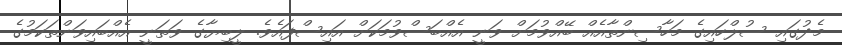
މެދުގައި ސުލްހައިގެ މަހާސިންތާއެއް ބޭއްވުމަށް ވަނީ އެއްބަސްވުމަކަށް އައިސްފައެވެ. ލީބިޔާގެ ވަތަނީ އެއްބައިވަންތަކަމުގެ